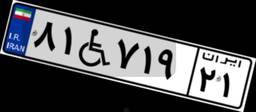
۸۱W۷۱۹۲۱